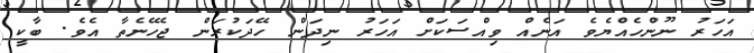
އަހަރު ނޫންހެއްޔެވެ އަނެއް ވިއްސަކަށް އަހަރު ނިދަން ހޭދަކުރަން ޖެހޭނެތާ އެވެ. ބާކީ